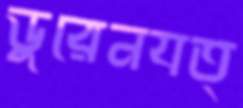
ডুরেনযত্